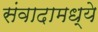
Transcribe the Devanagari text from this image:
संवादामध्ये